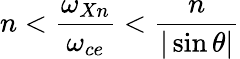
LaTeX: n<\frac{\omega_{Xn}}{\omega_{ce}}<\frac{n}{|\sin\theta|}